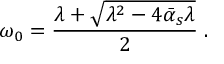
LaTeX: \omega _ { 0 } = { \frac { \lambda + \sqrt { \lambda ^ { 2 } - 4 \bar { \alpha } _ { s } \lambda } } { 2 } } \; .